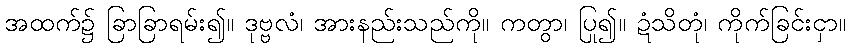
အထက်၌ ခြာခြာရမ်း၍။ ဒုဗ္ဗလံ၊ အားနည်းသည်ကို။ ကတွာ၊ ပြု၍။ ဍံသိတုံ၊ ကိုက်ခြင်းငှာ။